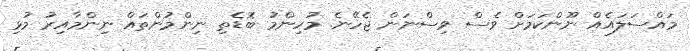
މައްސަލައެއް ނޫންކަމަށް ވެސް ވިސްނަން ޖެހޭނެ. މުހިންމު ބޮޑެތި ނިންމުންތައް ނިންމާއިރު މުޅި